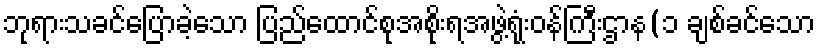
ဘုရားသခင်ပြောခဲ့သော ပြည်ထောင်စုအစိုးရအဖွဲ့ရုံးဝန်ကြီးဌာန(၁ ချစ်ခင်သော